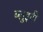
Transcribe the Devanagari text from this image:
ब्लुइटी